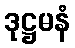
ဒုဋ္ဌမနံ